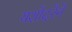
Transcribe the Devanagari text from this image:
यशोदरेने